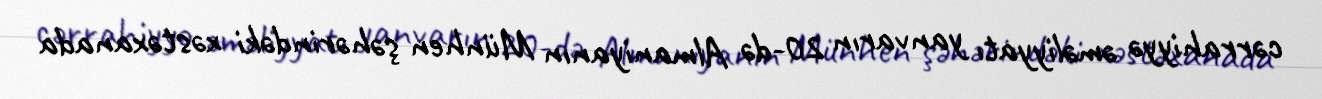
cərrahiyyə əməliyyatı yanvarın 20-də Almaniyanın Münhen şəhərindəki xəstəxanada